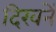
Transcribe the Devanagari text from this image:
दिखनें